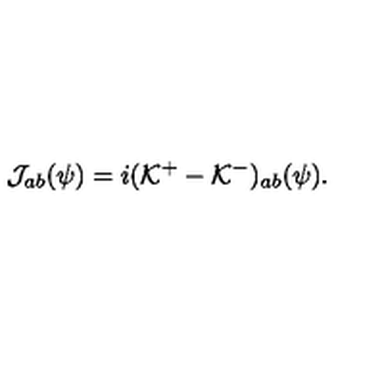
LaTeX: { \cal J } _ { a b } ( \psi ) = i ( { \cal K } ^ { + } - { \cal K } ^ { - } ) _ { a b } ( \psi ) .